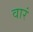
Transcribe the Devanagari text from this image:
वारं